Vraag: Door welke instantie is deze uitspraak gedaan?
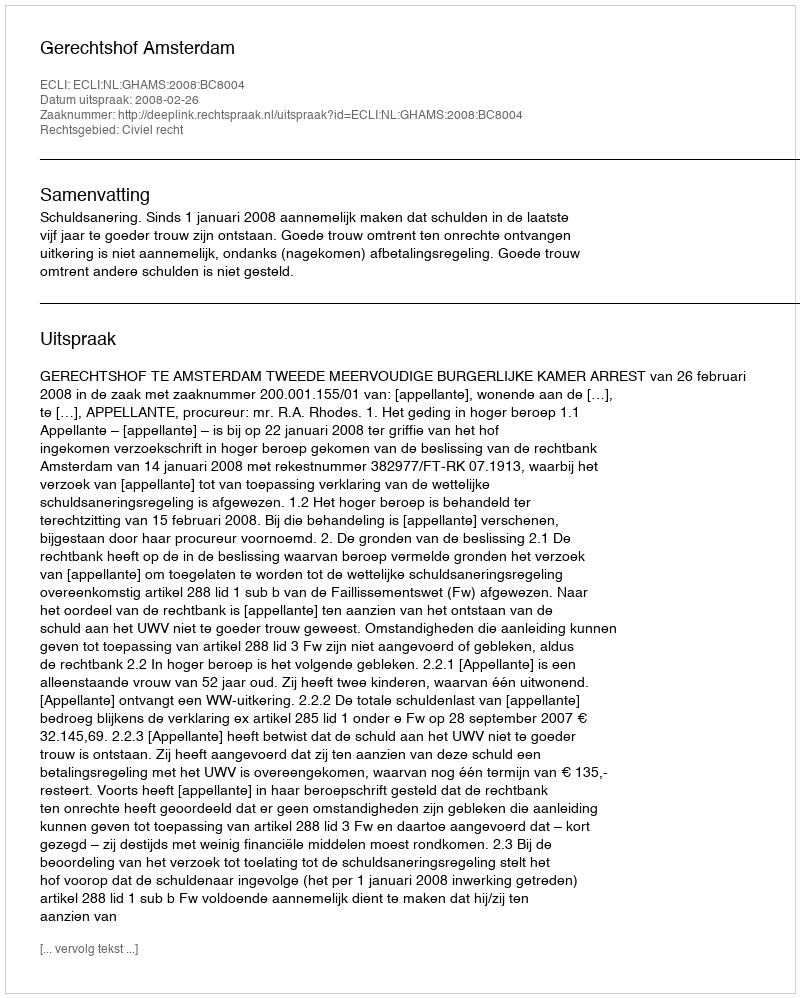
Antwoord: Gerechtshof Amsterdam